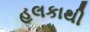
હલકાથી